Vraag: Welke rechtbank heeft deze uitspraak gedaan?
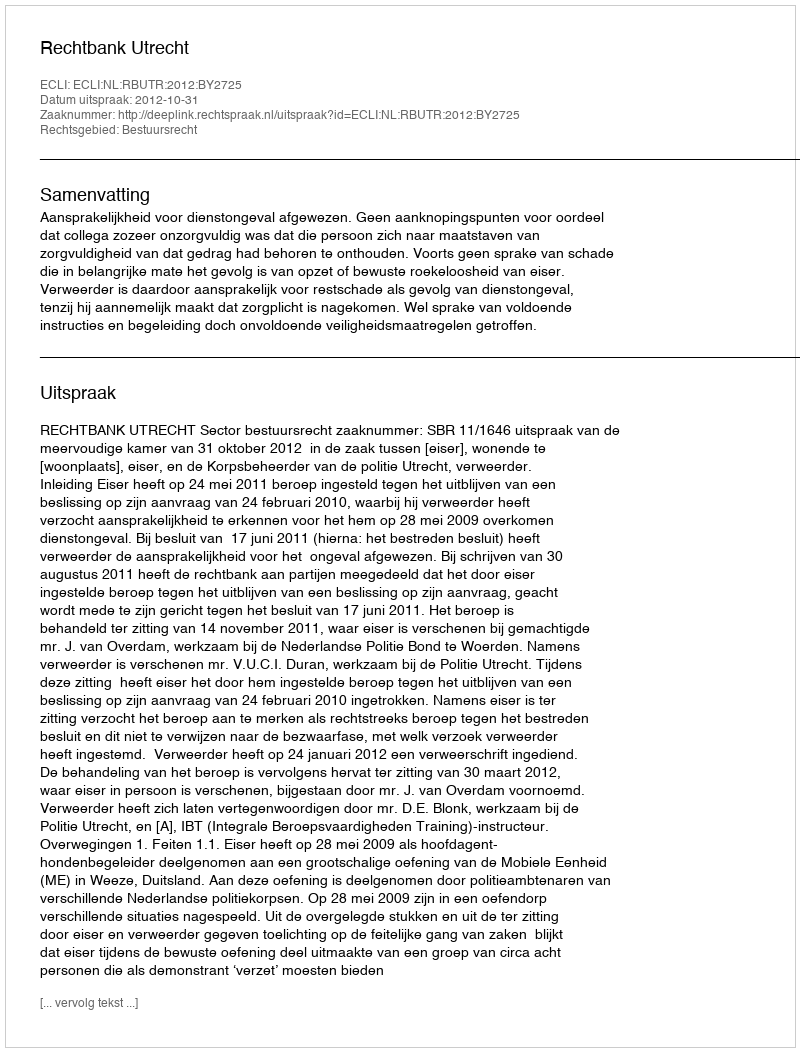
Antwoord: Rechtbank Utrecht